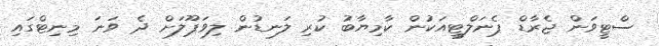
ސްޓީވަން ޖެރާޑް ޕެނަލްޓީއަކުން ކާމިޔާބު ކުރި ލަނޑުން ލިވަޕޫލަށް ދެ ވަނަ މިނިޓްގައި